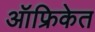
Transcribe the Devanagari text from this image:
ऑफ्रिकेत